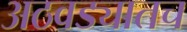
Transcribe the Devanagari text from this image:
अठवड्यातच